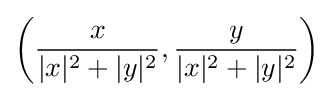
\left({\frac {x}{\vert x\vert ^{2}+\vert y\vert ^{2}}},{\frac {y}{\vert x\vert ^{2}+\vert y\vert ^{2}}}\right)